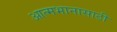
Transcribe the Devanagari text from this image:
आत्मभानासाठी